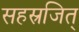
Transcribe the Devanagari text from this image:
सहस्रजित्